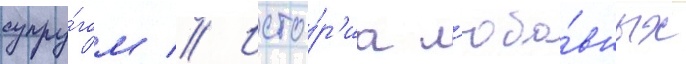
супру́гом // Исто́р'иа л'юбо́вных